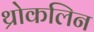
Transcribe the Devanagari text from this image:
थ्रोकलिन